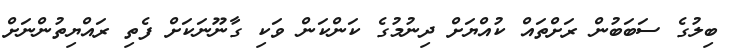
ބިލުގެ ސަބަބުން ރަށްތައް ކުއްޔަށް ދިނުމުގެ ކަންކަން ވަކި ގާނޫނަކަށް ފެތި ރައްޔިތުންނަށް